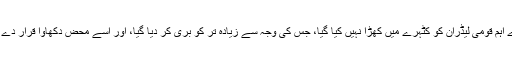
لیپزگ ٹرائل میں قیصر یا دوسرے اہم قومی لیڈران کو کٹہرے میں کھڑا نہيں کیا گيا، جس کی وجہ سے زیادہ تر کو بری کر دیا گيا، اور اسے محض دکھاوا قرار دے دیا گیا، حتی کہ جرمنی میں بھی۔